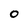
Character: 0